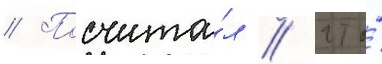
// Посчита́л / что́